Report of the Indian Hemp Drugs Commission, 1894-1895 - Volume VII
Year: 1894
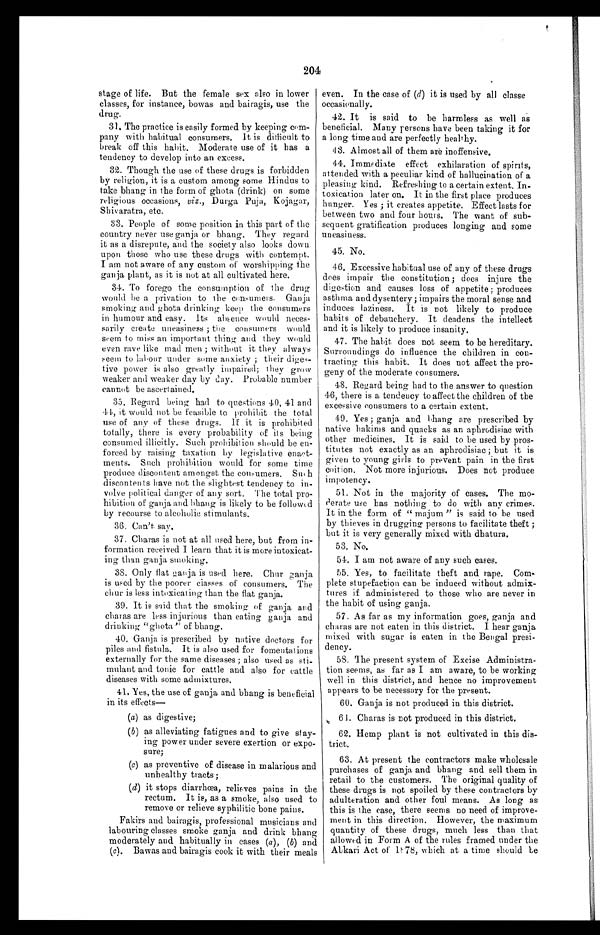
204
stage of life. But the female sex also in lower
classes, for instance, bowas and bairagis, use the
drug.
31. The practice is easily formed by keeping com-
pany with habitual consumers, It is difficult to
break off this habit. Moderate use of it has a
tendency to develop into an excess.
32. Though the use of these drugs is forbidden
by religion, it is a custom among some Hindus to
take bhang in the form of ghota (drink) on some
religious occasions, viz ., Durga Puja, Kojagar,
Shivaratra, etc.
33. People of some position in this part of the
country never use ganja or bhang. They regard
it as a disrepute, and the society also looks down.
upon those who use these drugs with contempt.
I am not aware of any custom of worshipping the
ganja plant, as it is not at all cultivated here.
34. To forego the consumption of the drug
would be a privation to the consumers. Ganja
smoking and ghota drinking keep the consumers
in humour and easy. Its absence would neces-
sarily create uneasiness ; the consumers w o u l d
seem to miss an important thing and they would
even rave like mad men ; without it they always
seem to labour under some anxiety ; their diges-
tive power is also greatly impaired; they grow
weaker and weaker day by day. Probable number
cannot be ascertained.
35. Regard being had to questions 40, 41 and
44, it would not be feasible to prohibit the total
use of any of these drugs. If it is prohibited
totally, there is every probability of its being
consumed illicitly. Such prohibition should be en-
forced by raising taxation by legislative enact-
ments. Such prohibition would for some time
produce discontent amongst the consumers. Such
discontents have not the slightest tendency to in-
volve political danger of any sort. The total pro-
hibition of ganja and bhang is likely to be followed
by recourse to alcoholic stimulants.
36. Can't say.
37. Charas is not at all used here, but from in-
formation received I learn that it is more intoxicat-
ing than ganja smoking.
38. Only flat ganja is used here. Chur g anja
is used by the poorer classes of consumers. The
chur is less intoxicating than the flat ganja.
39. It is said that the smoking of ganja and
charas are less injurious than eating ganja and
drinking "ghota " of bhang.
40, Ganja is prescribed by native doctors for
piles and fistula. It is also used for fomentations
externally for the same diseases ; also used as sti-
mulant and tonic for cattle and also for cattle
diseases with some admixtures.
41, Yes, the use of ganja and bhang is beneficial
in its effects
(a) as digestive;
(b) as alleviating fatigues and to give stay-
ing power under severe exertion or expo-
sure;
(c) as preventive of disease in malarious and
unhealthy tracts;
(d) it stops diarrhœa, relieves pains in the
rectum. It is, as a smoke, also used to
remove or relieve syphilitic bone pains.
Fakirs and bairagis, professional musicians and
labouring classes smoke ganja and drink bhang
moderately and habitually in cases ( a ), (b) and
( c). Bawas and bairagis cook it with their meals even. In the case of
(d) it is used by all classe
occasionally.
42. It is said to be harmless as well as
beneficial. Many persons have been taking it for
a long time and are perfectly healthy.
43. Almost all of them are inoffensive.
44. Immediate effect exhilaration of spirits,
attended with a peculiar kind of hallucination of a
pleasing kind. Refreshing to a certain extent. In-
toxication later on. It in the first place produces
hunger. Yes ; it creates appetite. Effect lasts for
between two and four hours. The want of sub-
sequent gratification produces longing and some
uneasiness.
45. No.
46. Excessive habitual use of any of these drugs
does impair the constitution; does injure the
digestion and causes loss of appetite; produces
asthma and dysentery ; impairs the moral sense and
induces laziness. It is not likely to produce
habits of debauchery. It deadens the intellect
and it is likely to produce insanity.
47. The habit does not seem to be hereditary.
Surroundings do influence the children in con-
tracting this habit. It does not affect the pro-
geny of the moderate consumers.
48. Regard being had to the answer to question
46, there is a tendency to affect the children of the
excessive consumers to a certain extent.
49. Yes ; ganja and bhang are prescribed by
native hakims and quacks as an aphrodisiac with
other medicines. It is said to be used by pros-
titutes not exactly as an aphrodisiac ; but it is
given to young girls to prevent pain in the first
coition. Not more injurious. Does not produce
impotency.
51. Not in the majority of cases. The mo-
derate use has nothing to do with any crimes.
It in the form of " majum " is said to be used
by thieves in drugging persons to facilitate theft ;
but it is very generally mixed with dhatura.
53. No.
54. I am not aware of any such cases.
55. Yes , to facilitate theft and rape. Com-
plete stupefaction can be induced without admix-
tures if administered to those who are never in
the habit of using ganja.
57. As far as my information goes, ganja and
charas are not eaten in this district, I hear ganja
mixed with sugar is eaten in the Bengal presi-
dency.
58. The present system of Excise Administra-
tion seems, as far as I am aware, to be working
well in this district, and hence no improvement
appears to be necessary for the present.
60. Ganja is not produced in this district.
61. Charas is not produced in this district.
62. Hemp plant is not cultivated in this dis-
trict.
63. At present the contractors make wholesale
purchases of ganja and bhang and sell them in
retail to the customers. The original quality of
these drugs is not spoiled by these contractors by
adulteration and other foul means. As long as
this is the case, there seems no need of improve-
ment in this direction. However, the maximum
quantity of these drugs, much less than that
allowed in Form A of the rules framed under the
Abkari Act of 1878, which at a time should be